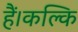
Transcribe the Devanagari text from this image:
हैं।कल्कि